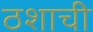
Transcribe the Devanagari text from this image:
ठशाची